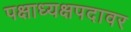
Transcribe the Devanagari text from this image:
पक्षाध्यक्षपदावर